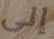
إلى